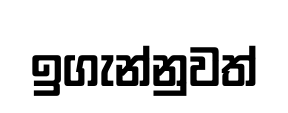
ඉගැන්නුවත්